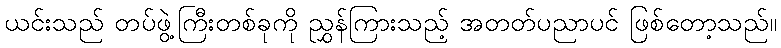
ယင်းသည် တပ်ဖွဲ့ကြီးတစ်ခုကို ညွှန်ကြားသည့် အတတ်ပညာပင် ဖြစ်တော့သည်။